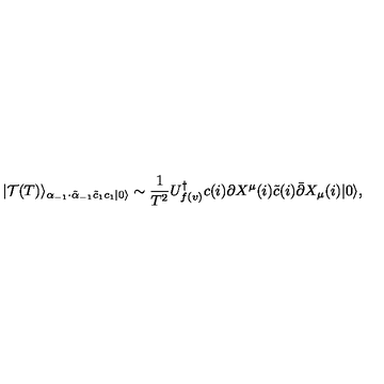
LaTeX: | \mathcal { T } ( T ) \rangle _ { \alpha _ { - 1 } \cdot \tilde { \alpha } _ { - 1 } \tilde { c } _ { 1 } c _ { 1 } | 0 \rangle } \sim \frac { 1 } { T ^ { 2 } } U _ { f ( v ) } ^ { \dagger } c ( i ) \partial X ^ { \mu } ( i ) \tilde { c } ( i ) \bar { \partial } X _ { \mu } ( i ) | 0 \rangle ,